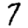
Digit: 7